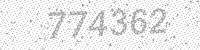
Solution: 774362